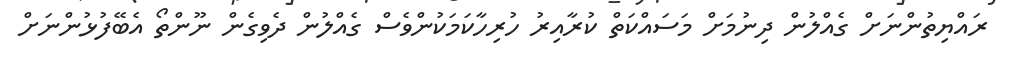
ރައްޔިތުންނަށް ގެއްލުން ދިނުމަށް މަސައްކަތް ކުރާއިރު ހުރިހާކަމަކުންވެސް ގެއްލުން ދެވިގެން ނޫންތޯ އެބޭފުޅުންނަށް